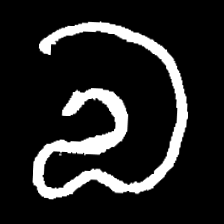
Pyu character \u2014 Myanmar letter: လ (romanized: la)